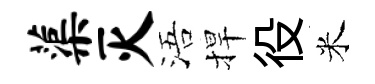
蕖灭浯捍役米